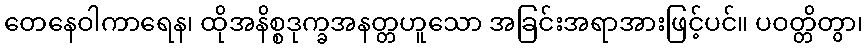
တေနေဝါကာရေန၊ ထိုအနိစ္စဒုက္ခအနတ္တဟူသော အခြင်းအရာအားဖြင့်ပင်။ ပဝတ္တိတွာ၊